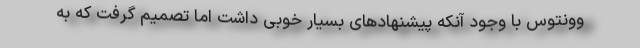
وونتوس با وجود آنکه پیشنهادهای بسیار خوبی داشت اما تصمیم گرفت که به